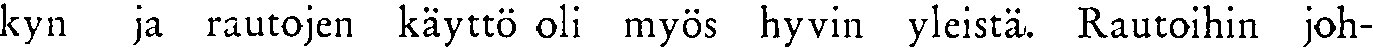
kyn ja rautojen käyttö oli myös hyvin yleistä. Rautoihin joh-